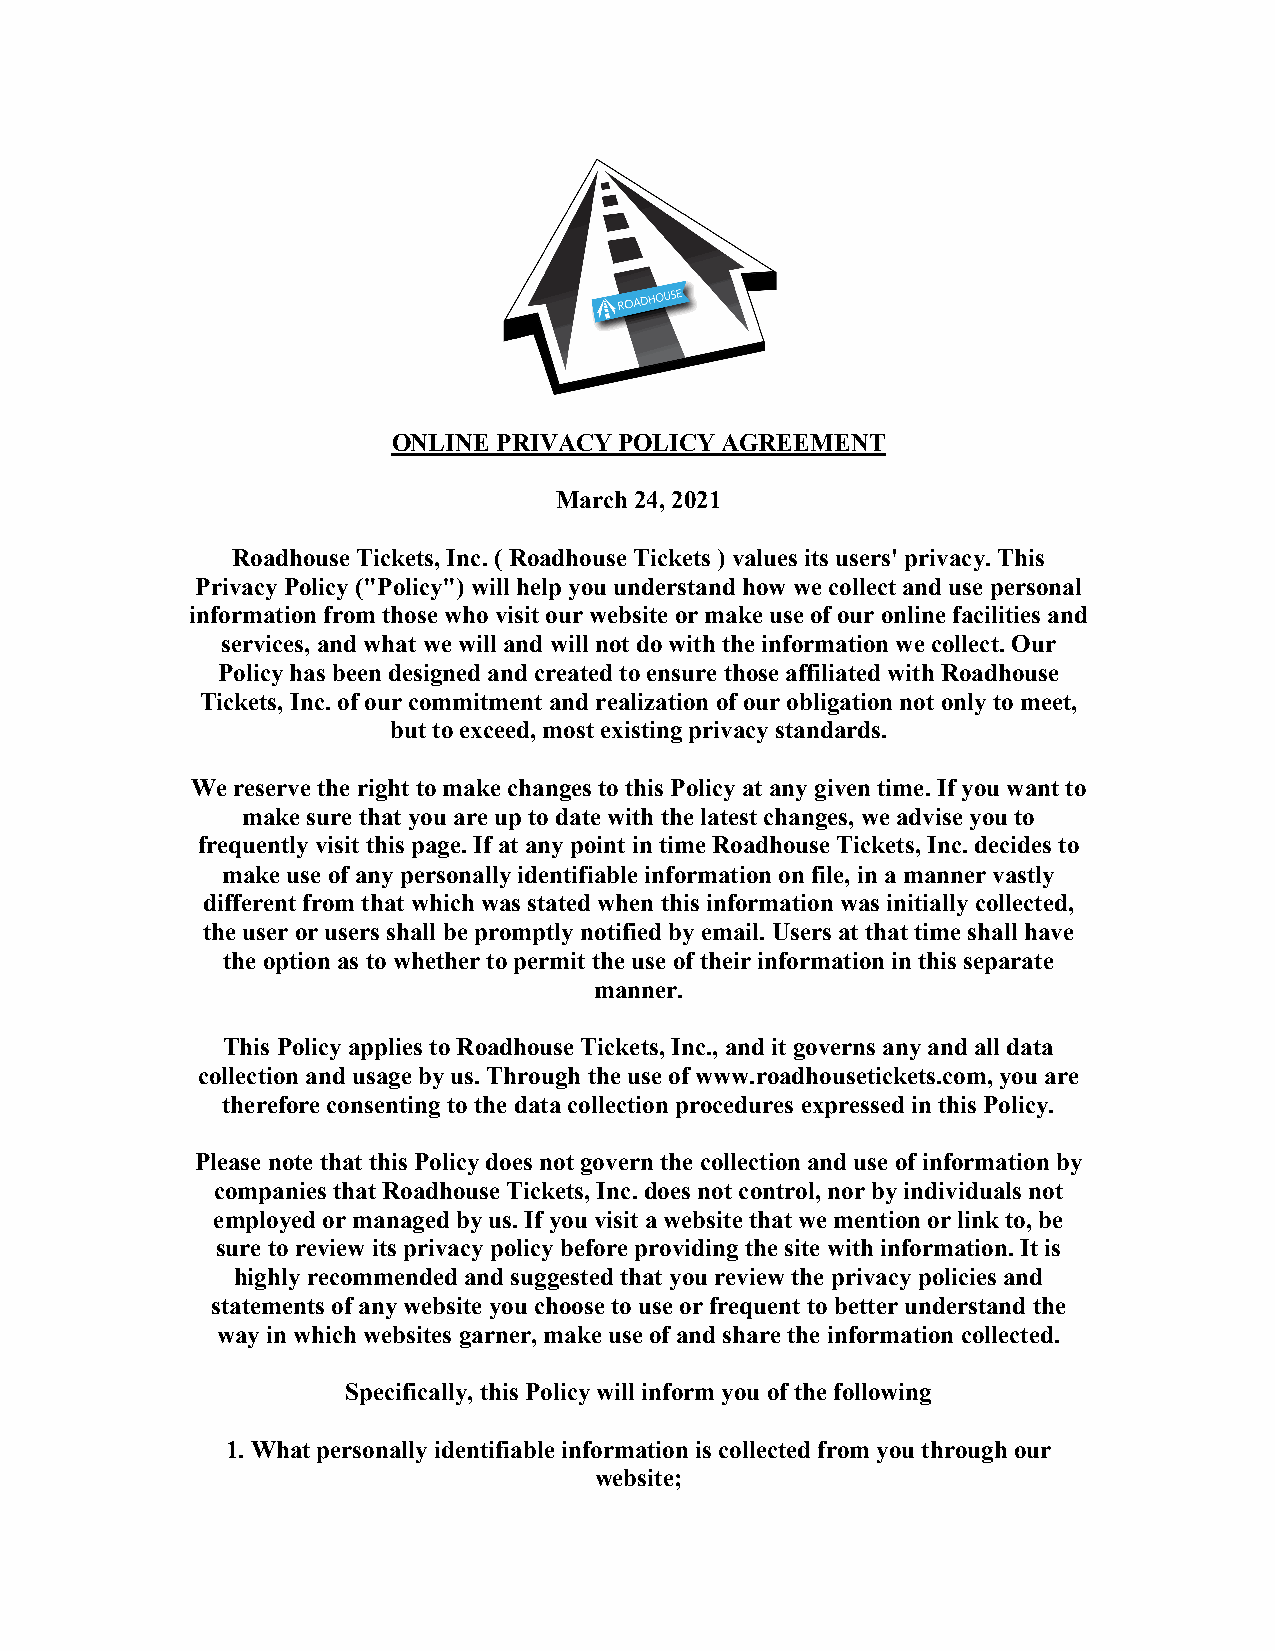
ONLINE PRIVACY POLICY AGREEMENT
 March 24, 2021
 Roadhouse Tickets, Inc. ( Roadhouse Tickets ) values its users' privacy. This
 Privacy Policy ("Policy") will help you understand how we collect and use personal
 information from those who visit our website or make use of our online facilities and
 services, and what we will and will not do with the information we collect. Our
 Policy has been designed and created to ensure those affiliated with Roadhouse
 Tickets, Inc. of our commitment and realization of our obligation not only to meet,
 but to exceed, most existing privacy standards.
 We reserve the right to make changes to this Policy at any given time. If you want to
 make sure that you are up to date with the latest changes, we advise you to
 frequently visit this page. If at any point in time Roadhouse Tickets, Inc. decides to
 make use of any personally identifiable information on file, in a manner vastly
 different from that which was stated when this information was initially collected,
 the user or users shall be promptly notified by email. Users at that time shall have
 the option as to whether to permit the use of their information in this separate
 manner.
 This Policy applies to Roadhouse Tickets, Inc., and it governs any and all data
 collection and usage by us. Through the use of www.roadhousetickets.com, you are
 therefore consenting to the data collection procedures expressed in this Policy.
 Please note that this Policy does not govern the collection and use of information by
 companies that Roadhouse Tickets, Inc. does not control, nor by individuals not
 employed or managed by us. If you visit a website that we mention or link to, be
 sure to review its privacy policy before providing the site with information. It is
 highly recommended and suggested that you review the privacy policies and
 statements of any website you choose to use or frequent to better understand the
 way in which websites garner, make use of and share the information collected.
 Specifically, this Policy will inform you of the following
 1. What personally identifiable information is collected from you through our
 website;